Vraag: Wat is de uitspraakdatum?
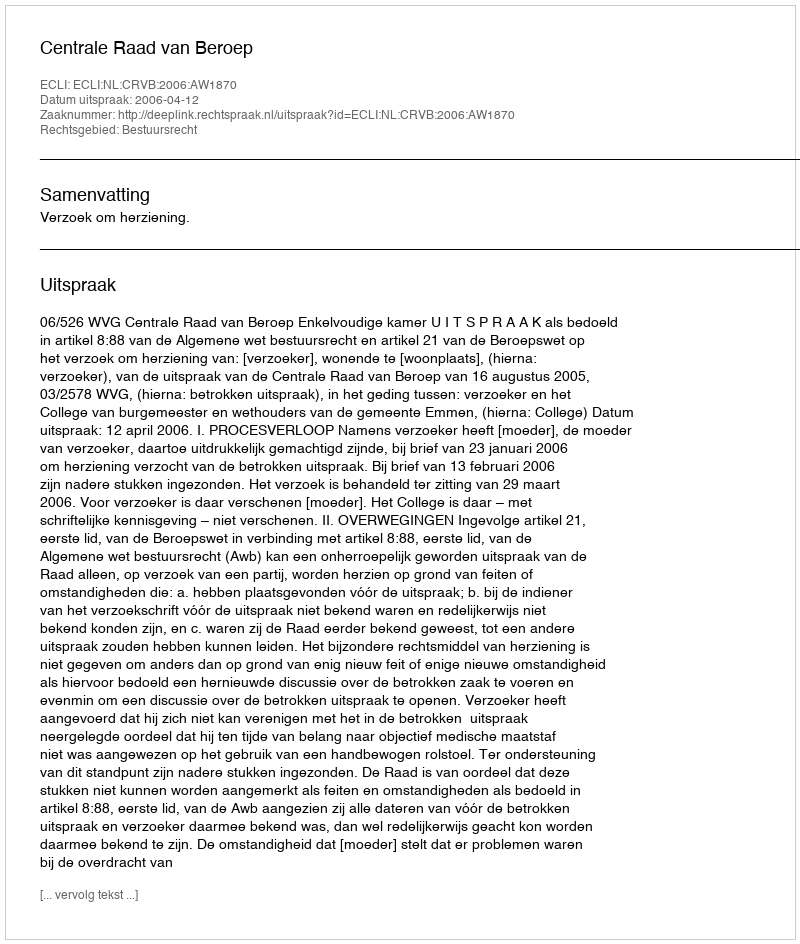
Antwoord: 2006-04-12